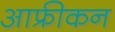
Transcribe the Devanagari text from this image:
आफ्रीकन